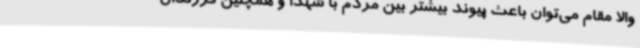
والا مقام می‌توان باعث پیوند بیشتر بین مردم با شهدا و همچنین فرزندان